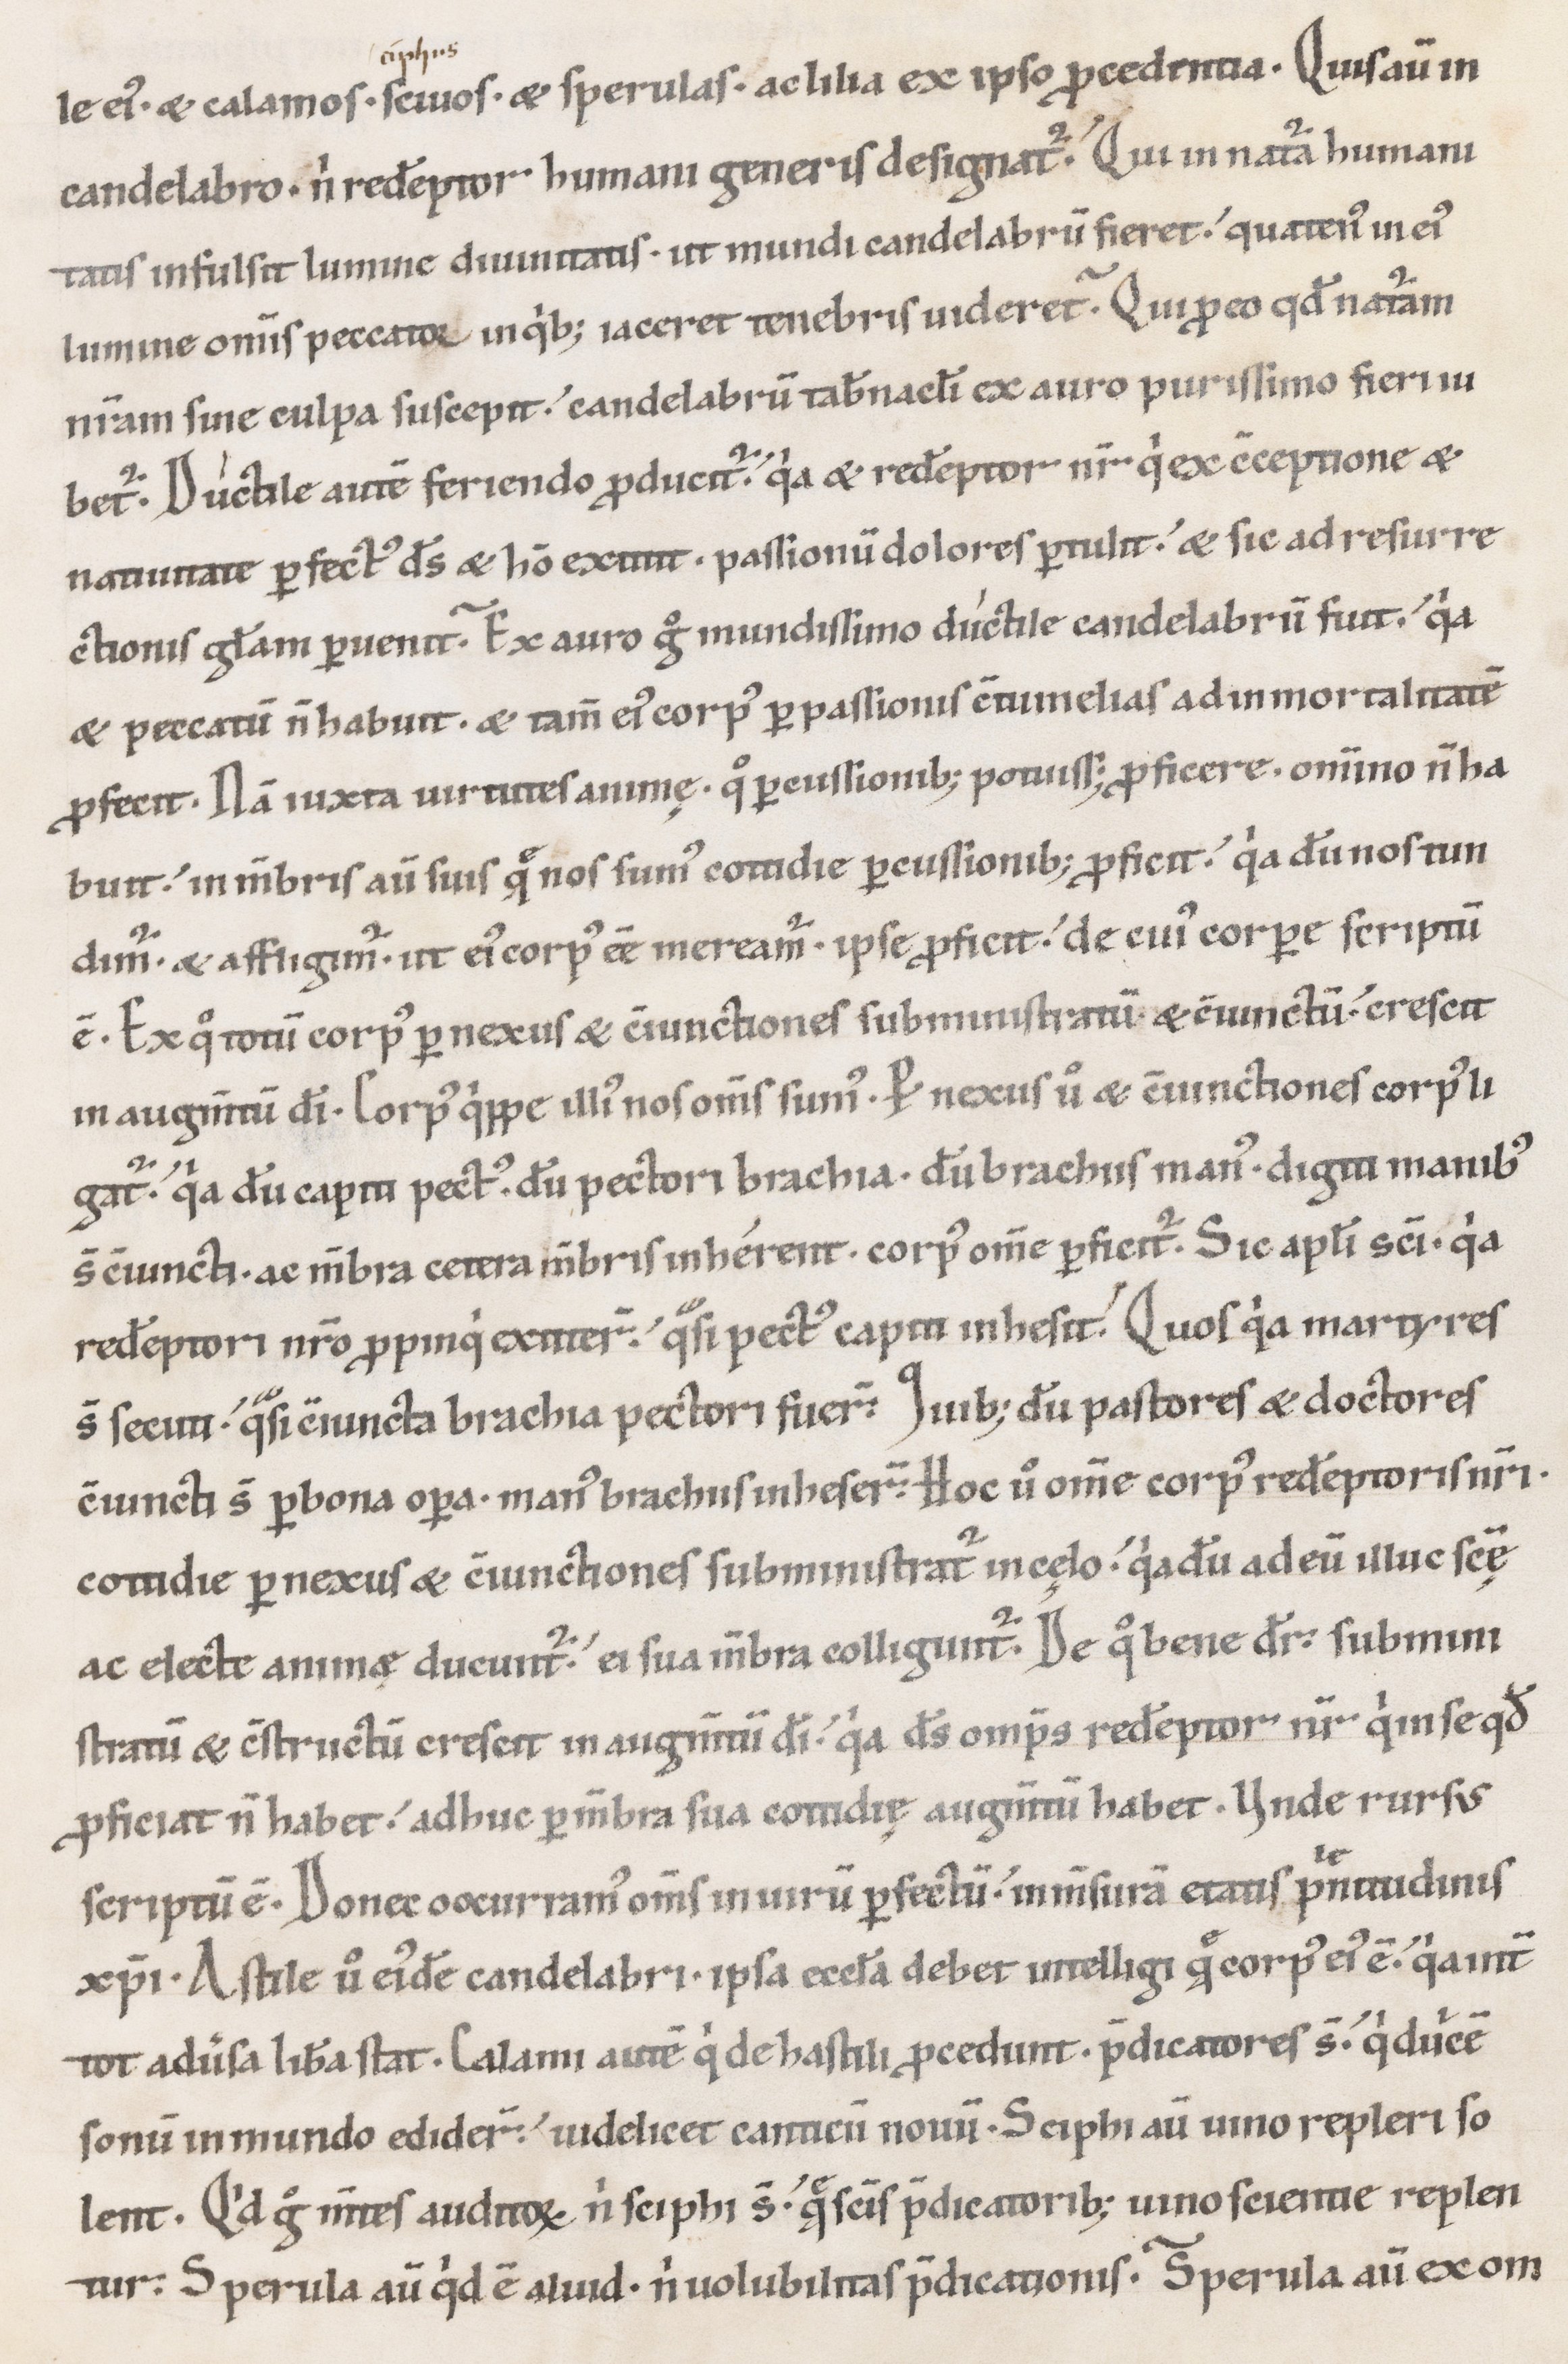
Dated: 1100–1199